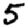
Digit: 5